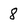
Character: 8